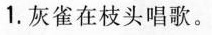
1.灰雀在枝头唱歌。